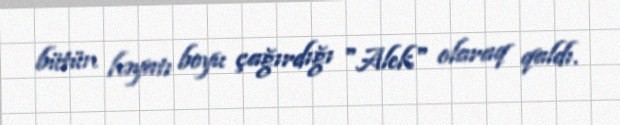
bütün həyatı boyu çağırdığı "Alek" olaraq qaldı.